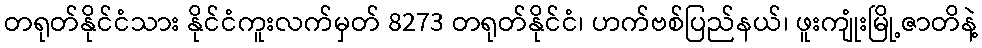
တရုတ်နိုင်ငံသား နိုင်ငံကူးလက်မှတ် 8273 တရုတ်နိုင်ငံ၊ ဟက်ဗစ်ပြည်နယ်၊ ဖူးကျုံးမြို့ဇာတိနဲ့